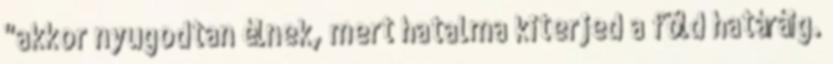
"akkor nyugodtan élnek, mert hatalma kiterjed a föld határáig.